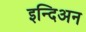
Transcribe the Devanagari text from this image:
इन्दिअन